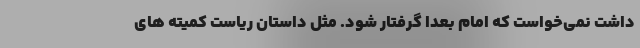
داشت نمی‌خواست که امام بعدا گرفتار شود. مثل داستان ریاست کمیته های